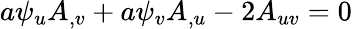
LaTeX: a\psi_{u}A_{,v}+a\psi_{v}A_{,u}-2A_{uv}=0